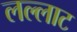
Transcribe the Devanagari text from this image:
लल्लाट